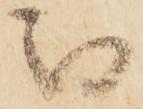
被